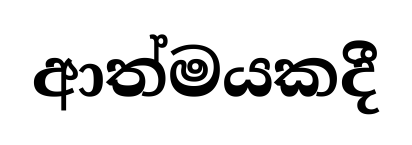
ආත්මයකදී